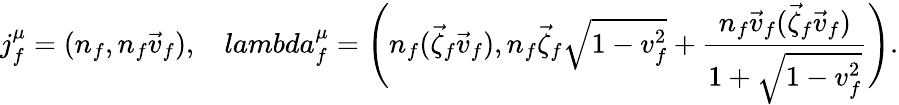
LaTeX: j_{f}^{\mu}=(n_{f},n_{f}\vec{v}_{f}),\ \ \ \, lambda_{f}^{\mu}=\Bigg(n_{f}(\vec{\zeta}_{f}\vec{v}_{f}),n_{f}\vec{\zeta}_{f}\sqrt{1-v_{f}^{2}}+{\frac{n_{f}\vec{v}_{f}(\vec{\zeta}_{f}\vec{v}_{f})}{1+\sqrt{1-v_{f}^{2}}}}\Bigg).